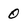
Character: 0